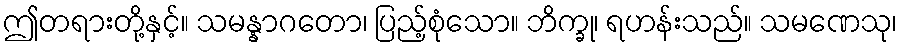
ဤတရားတို့နှင့်။ သမန္နာဂတော၊ ပြည့်စုံသော။ ဘိက္ခု၊ ရဟန်းသည်။ သမဏေသု၊